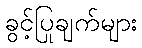
ခွင့်ပြုချက်များ